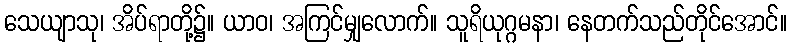
သေယျာသု၊ အိပ်ရာတို့၌။ ယာဝ၊ အကြင်မျှလောက်။ သူရိယုဂ္ဂမနာ၊ နေတက်သည်တိုင်အောင်။